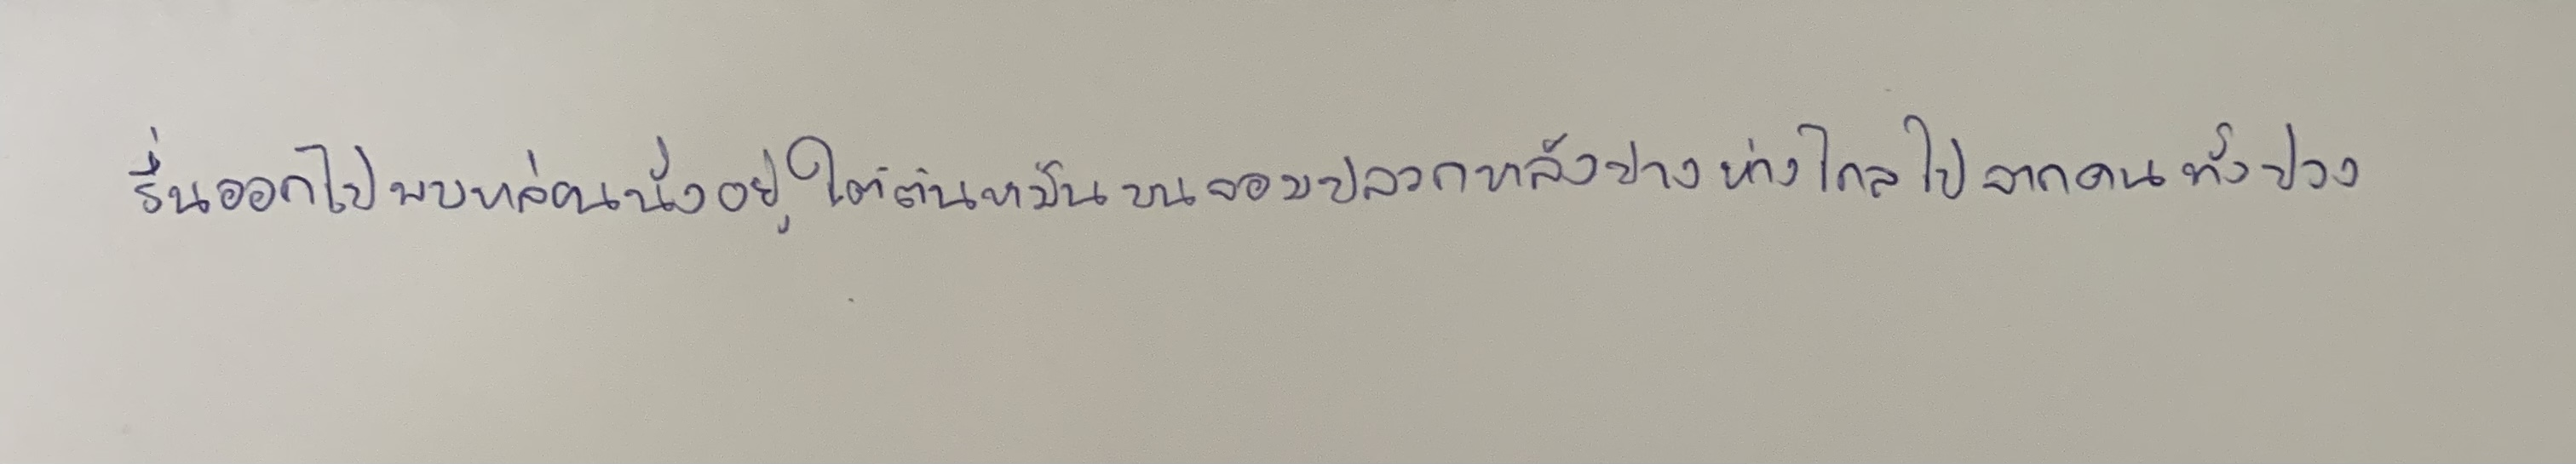
รื่นออกไปพบหล่อนนั่งอยู่ใต้ต้นหมันบนจอมปลวกหลังปางห่างไกลไปจากคนทั้งปวง